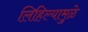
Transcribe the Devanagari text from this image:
लिहिल्यामुळे